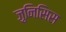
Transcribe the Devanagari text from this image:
ज़ुनिसिस